Indian journal of veterinary science and animal husbandry - Volume 12,
Year: 1942
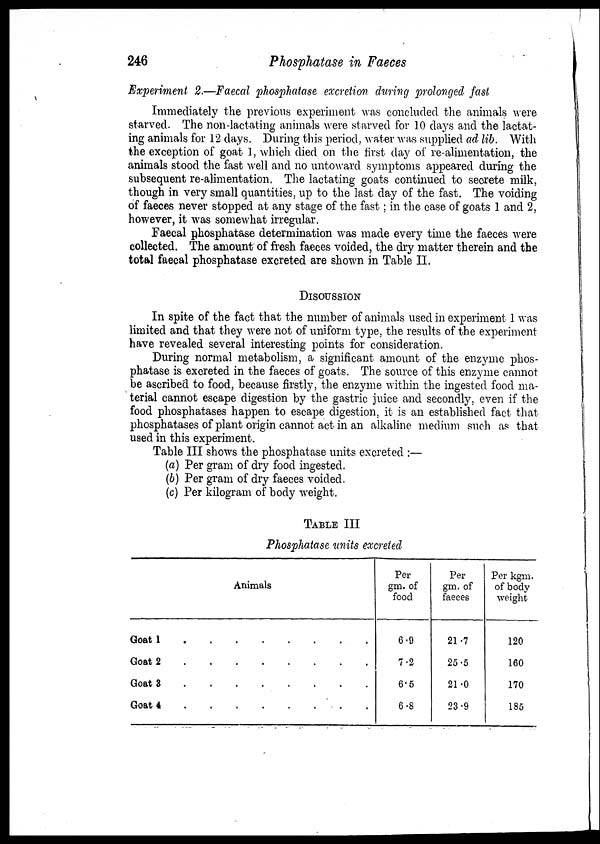
246
Phosphatase in Faeces
Experiment 2.—Faecal phosphatase excretion during prolonged fast
Immediately the previous experiment was concluded the animals were
starved. The non-lactating animals were starved for 10 days and the lactat-
ing animals for 12 days. During this period, water was supplied ad lib. With
the exception of goat 1, which died on the first day of re-alimentation, the
animals stood the fast well and no untoward symptoms appeared during the
subsequent re-alimentation. The lactating goats continued to secrete milk,
though in very small quantities, up to the last day of the fast. The voiding
of faeces never stopped at any stage of the fast; in the case of goats 1 and 2,
however, it was somewhat irregular.
Faecal phosphatase determination was made every time the faeces were
collected. The amount of fresh faeces voided, the dry matter therein and the
total faecal phosphatase excreted are shown in Table II.
DISCUSSION
In spite of the fact that the number of animals used in experiment 1 was
limited and that they were not of uniform type, the results of the experiment
have revealed several interesting points for consideration.
During normal metabolism, a significant amount of the enzyme phos-
phatase is excreted in the faeces of goats. The source of this enzyme cannot
be ascribed to food, because firstly, the enzyme within the ingested food ma-
terial cannot escape digestion by the gastric juice and secondly, even if the
food phosphatases happen to escape digestion, it is an established fact that
phosphatases of plant origin cannot act in an alkaline medium such as that
used in this experiment.
Table III shows the phosphatase units excreted :—
(a) Per gram of dry food ingested.
(b) Per gram of dry faeces voided.
(c) Per kilogram of body weight.
TABLE III
Phosphatase units excreted
Animals
Goat 1
.
.
.
.
.
.
.
.
Goat 2
.
.
.
.
.
.
.
.
Goat 3
.
.
.
.
.
.
.
.
Goat4
.
.
.
.
.
.
.
.
Per
gm. of
food
6.9
7.2
6.5
6.8
Per
gm. of
faeces
21.7
25.5
21.0
23.9
Per kgm.
of body
weight
120
160
170
185